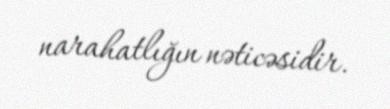
narahatlığın nəticəsidir.